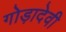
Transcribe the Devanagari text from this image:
गोड़ादेवी